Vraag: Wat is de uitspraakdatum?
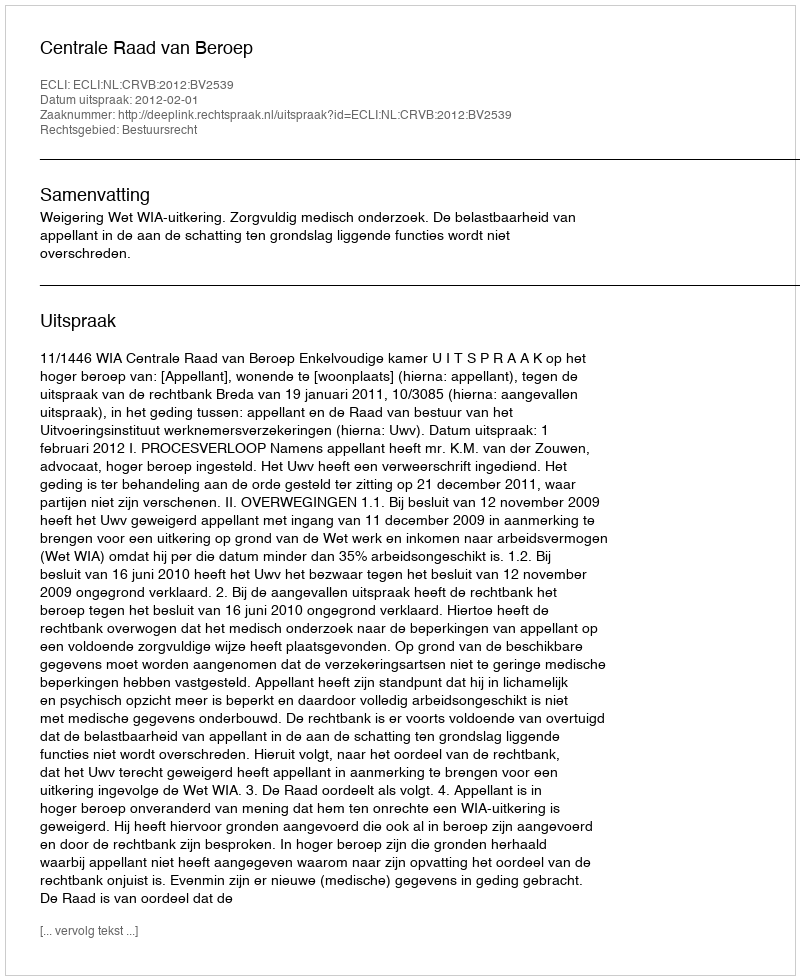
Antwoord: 2012-02-01